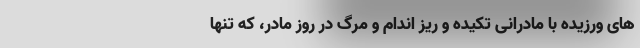
های ورزیده با مادرانی تکیده و ریز اندام و مرگ در روز مادر، که تنها